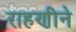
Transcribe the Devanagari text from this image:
राहणीने